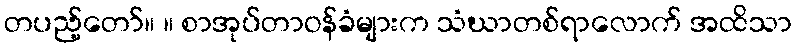
တပည့်တော်။ ။ စာအုပ်တာဝန်ခံများက သံဃာတစ်ရာလောက် အထိသာ